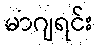
မာဂျရင်း